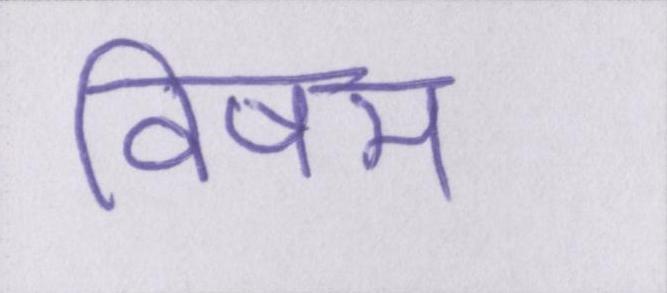
विषम